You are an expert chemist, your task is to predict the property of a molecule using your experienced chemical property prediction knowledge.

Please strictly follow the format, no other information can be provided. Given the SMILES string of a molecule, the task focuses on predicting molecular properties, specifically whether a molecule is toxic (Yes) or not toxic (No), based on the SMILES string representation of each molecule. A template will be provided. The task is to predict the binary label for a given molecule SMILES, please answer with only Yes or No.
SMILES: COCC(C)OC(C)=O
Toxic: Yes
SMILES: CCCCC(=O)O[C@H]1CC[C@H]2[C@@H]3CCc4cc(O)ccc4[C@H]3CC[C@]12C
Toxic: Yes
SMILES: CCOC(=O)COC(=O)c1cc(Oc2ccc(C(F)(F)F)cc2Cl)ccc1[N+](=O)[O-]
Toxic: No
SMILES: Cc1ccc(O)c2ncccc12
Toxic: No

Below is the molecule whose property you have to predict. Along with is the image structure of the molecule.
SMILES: C=CC(C)(CCC=C(C)C)OC(C)=O
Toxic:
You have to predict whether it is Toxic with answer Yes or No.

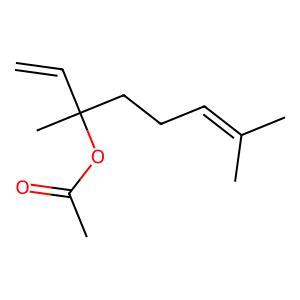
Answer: No